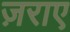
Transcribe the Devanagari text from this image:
ज़राए